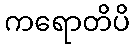
ကရောတိပိ